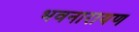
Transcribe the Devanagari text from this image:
भवनारायण